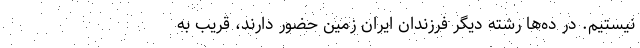
نیستیم. در ده‌ها رشته دیگر فرزندان ایران زمین حضور دارند، قریب به